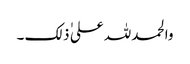
والحمد للہ علی ٰ ذلک ۔